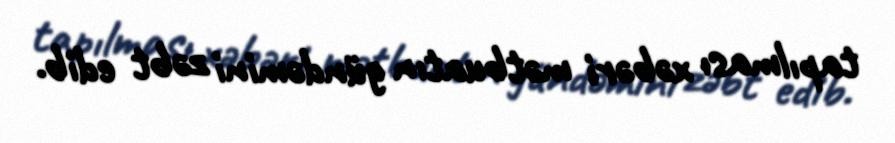
tapılması xəbəri mətbuatın gündəmini zəbt edib.